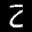
Label: 2